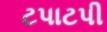
ટપાટપી